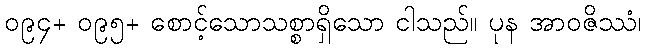
၀၉၄+ ၀၉၅+ စောင့်သောသစ္စာရှိသော ငါသည်။ ပုန အာဝဇိဿံ၊